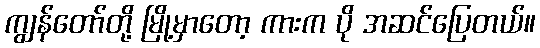
ကျွန်တော်တို့ မြို့မှာတော့ ကားက ပို အဆင်ပြေတယ်။